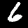
Label: 6